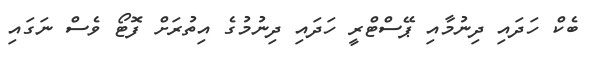
ބެކް ހަދައި ދިނުމާއި ޕޭސްޓްރީ ހަދައި ދިނުމުގެ އިތުރަށް ފޮޓޯ ވެސް ނަގައި